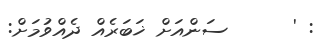
: '      ސަންއަށް ޚަބަރެއް ދެއްވުމަށް: